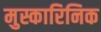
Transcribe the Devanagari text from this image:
मुस्कारिनिक